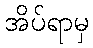
အိပ်ရာမှ